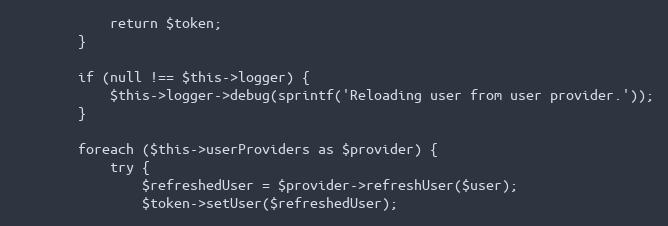
Language: PHP
            return $token;
        }

        if (null !== $this->logger) {
            $this->logger->debug(sprintf('Reloading user from user provider.'));
        }

        foreach ($this->userProviders as $provider) {
            try {
                $refreshedUser = $provider->refreshUser($user);
                $token->setUser($refreshedUser);